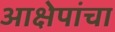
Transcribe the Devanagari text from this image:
आक्षेपांचा